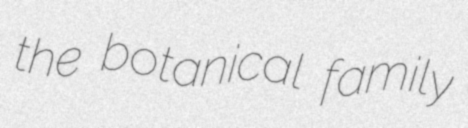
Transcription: the botanical family